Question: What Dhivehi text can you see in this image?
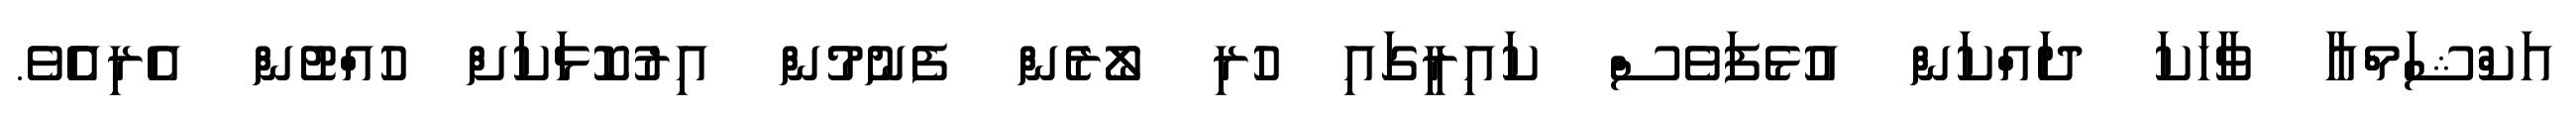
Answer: އަކްޝަމްއާ ވާހަކަ ދައްކަން އުޅެފަވެސް ކައިރީގައި ހުރި ލޯރެން ފެނުމުން އިރުކޮޅަކަށް ހުއްޓުން އެރިއެެވެ.